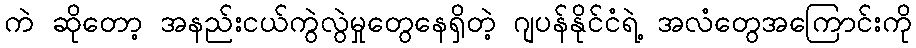
ကဲ ဆိုတော့ အနည်းငယ်ကွဲလွဲမှုတွေနေရှိတဲ့ ဂျပန်နိုင်ငံရဲ့ အလံတွေအကြောင်းကို